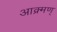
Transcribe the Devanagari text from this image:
आक्र्मण्